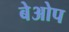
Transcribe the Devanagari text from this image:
बेओप